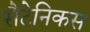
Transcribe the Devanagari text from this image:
सैटेनिकस